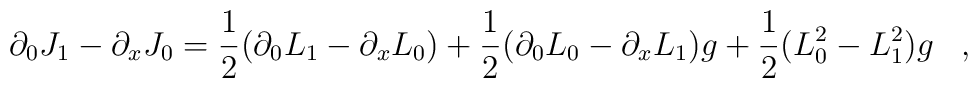
\partial_{0} J_{1} - \partial_{x} J_{0} = \frac{1}{2}(\partial_{0} L_{1}    \\   - \partial_{x} L_{0}) + \frac{1}{2} (\partial_{0} L_{0} -\partial_{x} L_{1})g +   \\  \frac{1}{2} (L_{0}^{2} - L_{1}^{2} )g \;\;\; ,